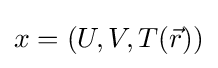
x=(U,V,T({\vec {r}}))